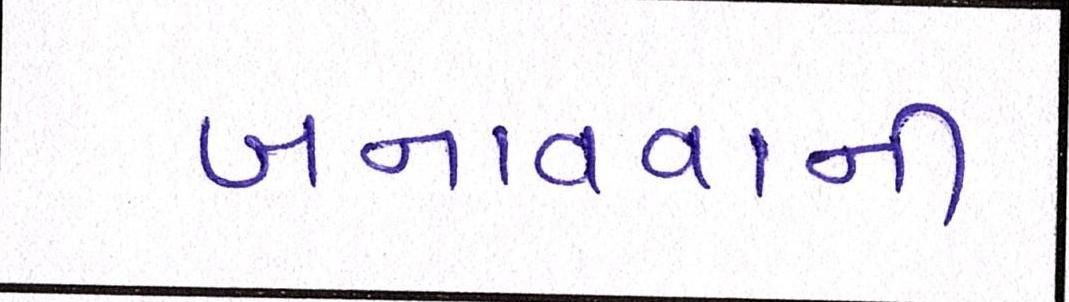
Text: બનાવવાની